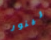
لينور